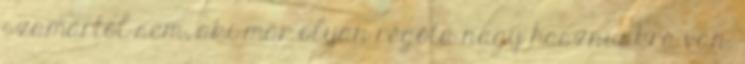
szamártól sem, aki már olyan régóta nagy hasznunkra van.